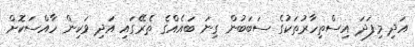
އަދި މިފަދަ އިސްތިހާރުތަކުގެ ސަބަބުން ގިނަ ބައެއްގެ ތެރޭގައި އަދި ވަކިން ހާއްސަކޮށް